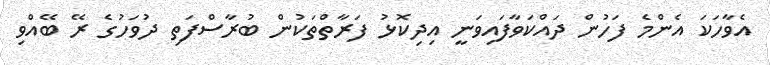
އެވާހަކަ އެންމެ ފަހުން ދައްކަވާފައިވަނީ އިދިކޮޅު ފަރާތްތަކުން ބުރާސްފަތި ދުވަހުގެ ރޭ ބޭއްވި